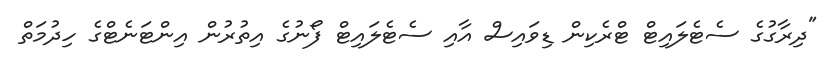
"ދިރާގުގެ ސެޓެލައިޓް ޓްރެކިން ޑިވައިސް އާއި ސެޓެލައިޓް ފޯނުގެ އިތުރުން އިންޓަނެޓްގެ ހިދުމަތް